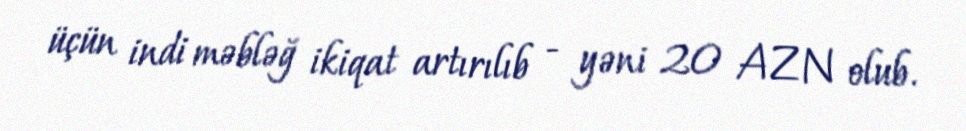
üçün indi məbləğ ikiqat artırılıb - yəni 20 AZN olub.